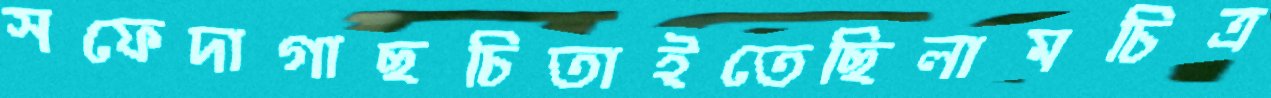
সফেদাগাছচিতাইতেছিলামচিত্র